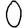
Digit: 0